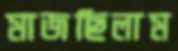
মাজছিলাম